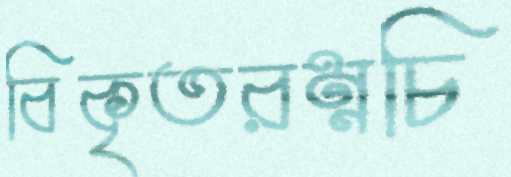
বিকৃতরম্নচি